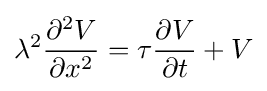
\lambda ^{2}{\frac {\partial ^{2}V}{\partial x^{2}}}=\tau {\frac {\partial V}{\partial t}}+V